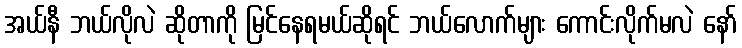
အယ်နီ ဘယ်လိုလဲ ဆိုတာကို မြင်နေရမယ်ဆိုရင် ဘယ်လောက်များ ကောင်းလိုက်မလဲ နော်